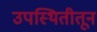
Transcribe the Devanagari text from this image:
उपस्थितीतून